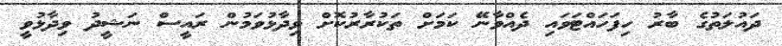
ދައުލަތުގެ ބާރު ހިފަހައްޓަވައި ދެއްވާނޭ ކަމަށް ތަކުރާރުކޮށް ވިދާޅުވަމުން ރައީސް ނަޝީދު ވިދާޅުވީ